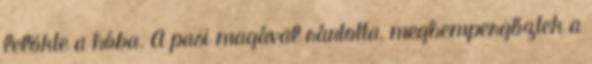
lelökte a hóba. A pasi magával rántotta, meghempergőztek a